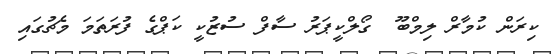
ކިރަން ކުމާރް ލިމްބޫ  ގޯލްކީޕަރު ސާފް ސުޒުކީ ކަޕްގެ ފުރަތަމަ މެޗުގައި